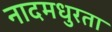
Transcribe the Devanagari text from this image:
नादमधुरता